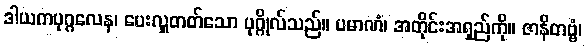
ဒါယကပုဂ္ဂလေန၊ ပေးလှူတတ်သော ပုဂ္ဂိုလ်သည်။ ပမာဏံ၊ အတိုင်းအရှည်ကို။ ဇာနိတဗ္ဗံ၊